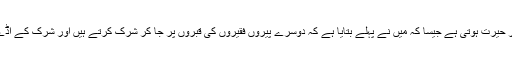
لیکن مسلمانوں پر حیرت ہوتی ہے جیسا کہ مَیں نے پہلے بتایا ہے کہ دوسرے پیروں فقیروں کی قبروں پر جا کر شرک کرتے ہیں اور شرک کے اڈے بنے ہوئے ہیں۔